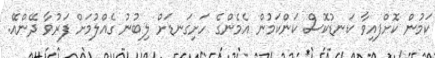
ކަމުން ކޮށްފއިވާ ކަނޑުކޮސް ކަންކަމުން އެމެންގެ ހަށިގަނޑަށް ލިބުނު ގެއްލުމަށް ފަރުވާ ދޭންއޭ.